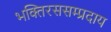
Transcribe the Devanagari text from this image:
भक्तिरससम्प्रदाय